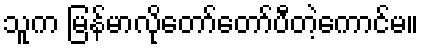
သူက မြန်မာလိုတော်တော်ပီတဲ့ကောင်မ။